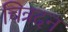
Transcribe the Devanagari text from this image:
चित्रदन